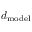
d _ { \mathrm { m o d e l } }